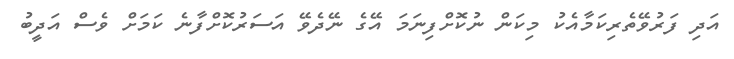
އަދި ފަރުވޭތެރިކަމާއެކު މިކަން ނުކޮށްފިނަމަ އޭގެ ނޭދެވޭ އަސަރުކޮށްފާނެ ކަމަށް ވެސް އަދީބު